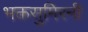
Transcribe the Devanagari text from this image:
भक्तसुमिरनी